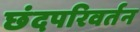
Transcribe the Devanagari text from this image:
छंदपरिवर्तन